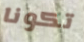
تكونا